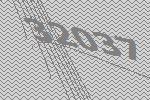
32037